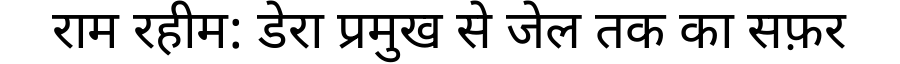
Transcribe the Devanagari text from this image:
राम रहीम: डेरा प्रमुख से जेल तक का सफ़र